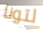
لتونا